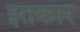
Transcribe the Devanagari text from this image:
इतकार